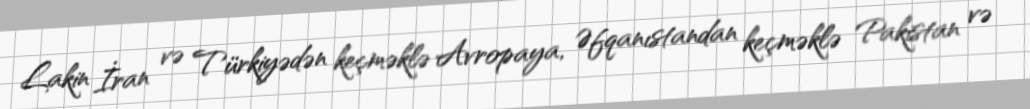
Lakin İran və Türkiyədən keçməklə Avropaya, Əfqanıstandan keçməklə Pakistan və